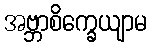
အဗ္ဘာစိက္ခေယျာမ